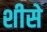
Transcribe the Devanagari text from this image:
शीसे